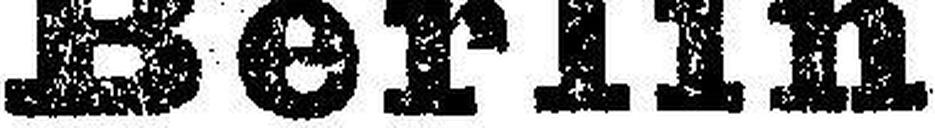
Berlin